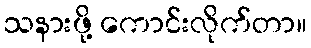
သနားဖို့ ကောင်းလိုက်တာ။